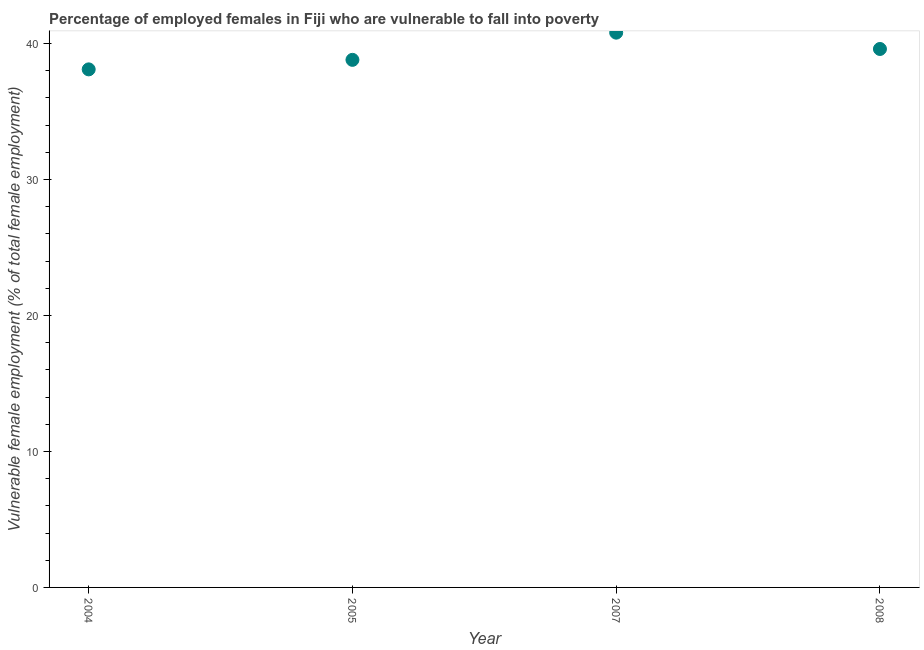
| Year | Percentage of employed females who are vulnerable to fall into poverty |
 | --- | --- |
 | 2004 | 38.1 |
 | 2005 | 38.8 |
 | 2007 | 40.8 |
 | 2008 | 39.6 |